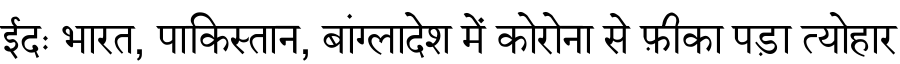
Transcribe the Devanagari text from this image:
ईदः भारत, पाकिस्तान, बांग्लादेश में कोरोना से फ़ीका पड़ा त्योहार